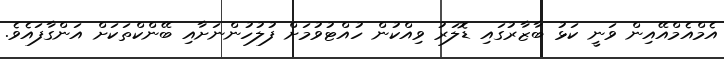
އެމްއެމްއޭއިން ވަނީ ކަޅު ބާޒާރުގައި ޑޮލަރު ވިއްކުން ހުއްޓުވުމަށް ފުލުހުންނަށާއި ބޭންކްތަކަށް އަންގާފައެވެ.